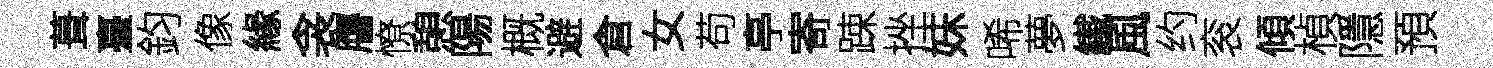
葺臺鈞像緣衾譍憭憩陽概避倉女苟亭寄踈挫妹唏夢纎風约衮傾楨隱預